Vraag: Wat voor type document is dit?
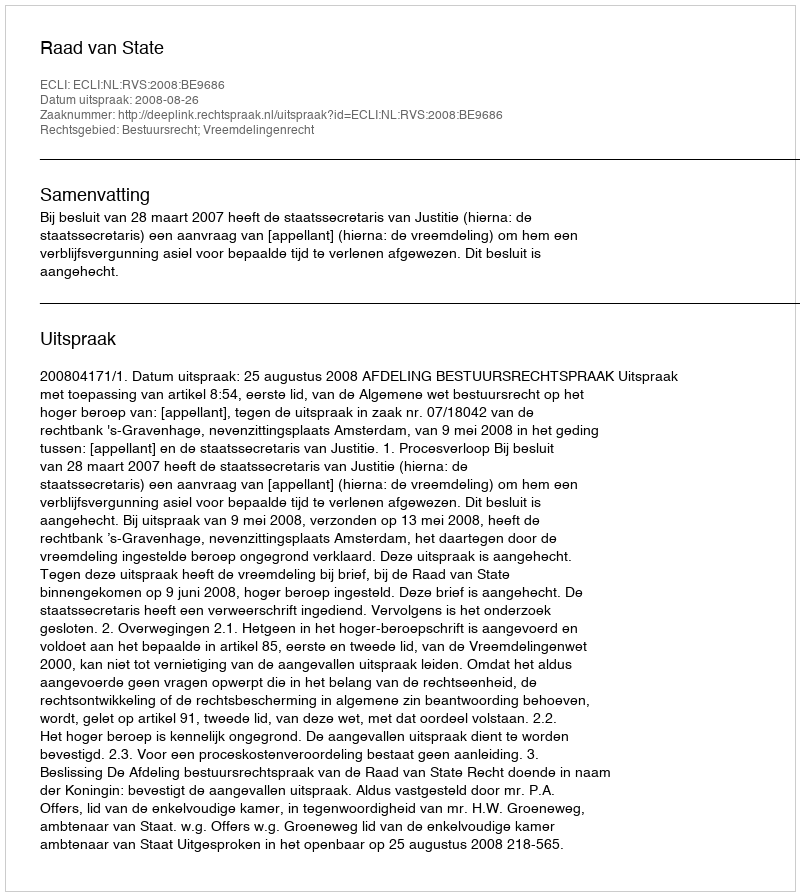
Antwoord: Uitspraak